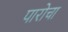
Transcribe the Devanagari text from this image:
पारोचा